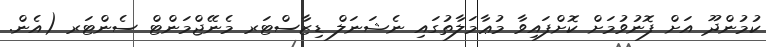
ކުމުންދޫ އަށް ފޮނުވުމަށް ކޮށްފައިވާ މުޢާމަލާތުގައި ނެޝަނަލް ޑިޒާސްޓަރ މެނޭޖްމަންޓް ސެންޓަރ (އެން.